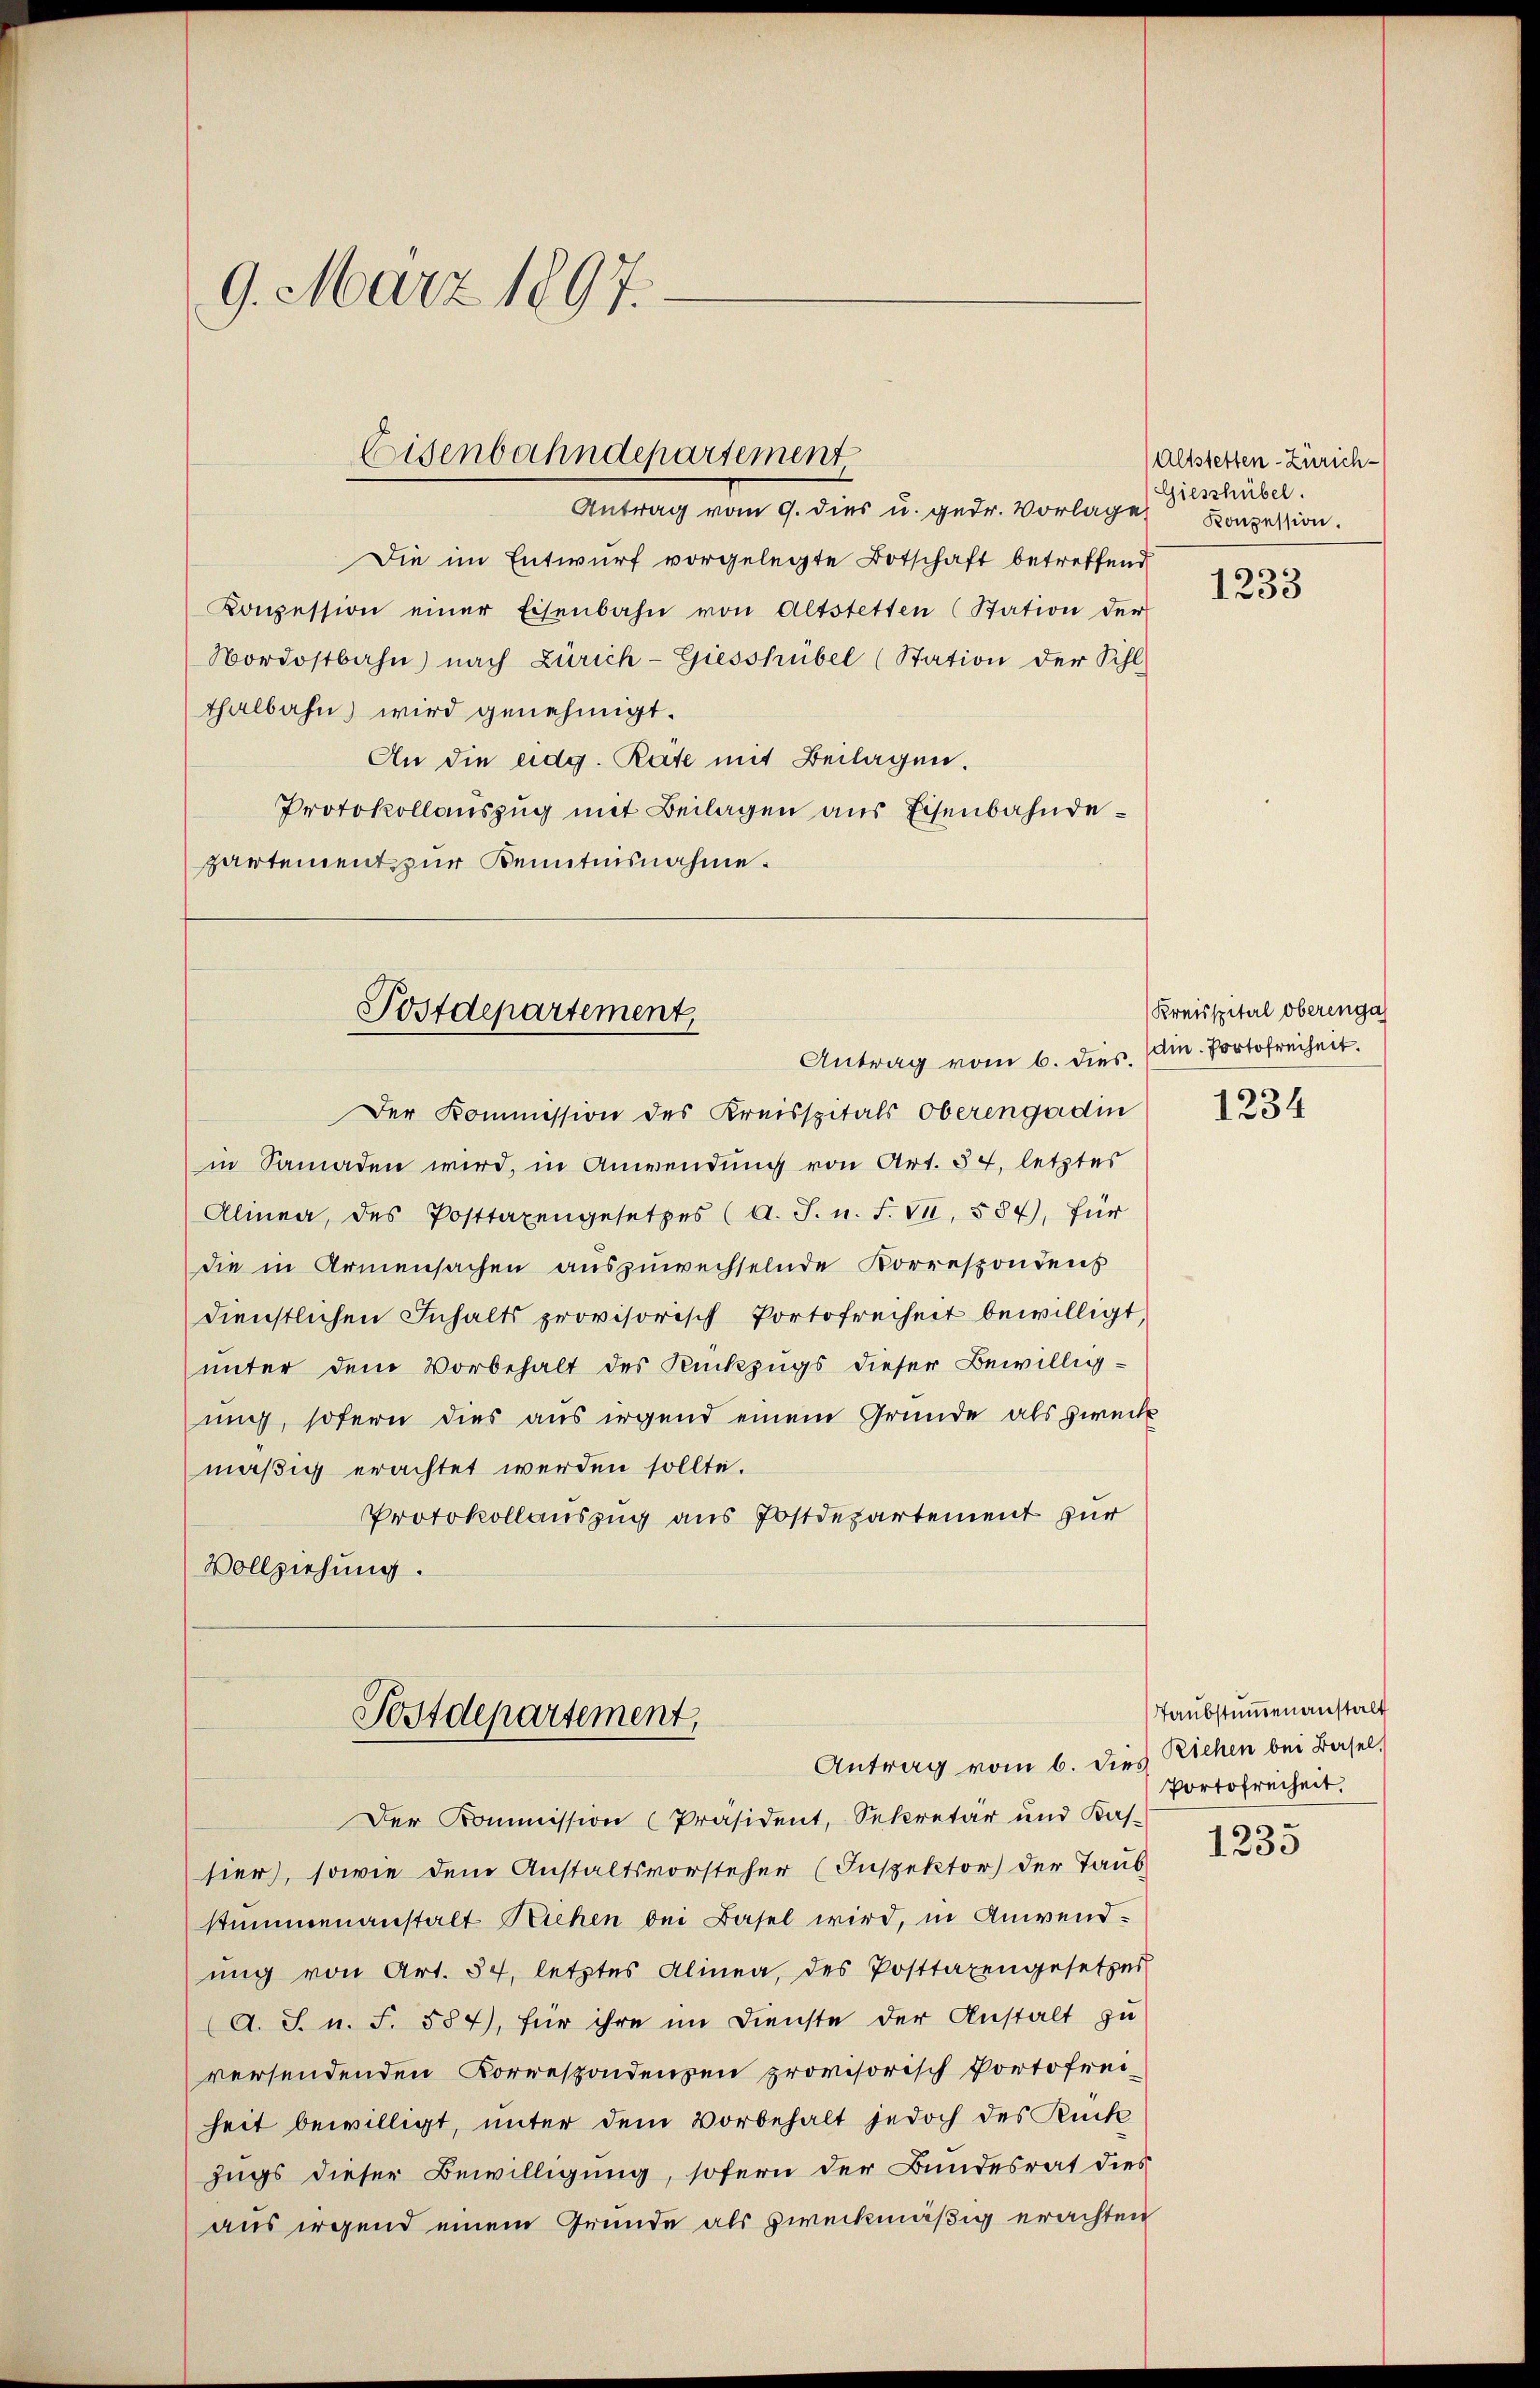
Antrag vom 9. dies u. gedr. Vorlage Geschübel.
Die im Entwurf vorgelegte Botschaft betreffend
Konzession einer Eisenbahn von Altstetten (Station der
Nordostbahn nach Zürich-Giesshübel (Station der Sihl
thalbahn wird genehmigt.
An die eidg. Rate mit Beilagen.
Protokollauszug mit Beilagen aus Eisenbahndepartement zur Kenntnisnahme.

9. März 1897.

Eisenbahndepartement

Der Kommission des Kreisspitals Oberengadin
in Samaden wird, in Anwendung von Art. 57, letztes
Almen, des Posttaxengesetzes (A. J. n. F. VII, 584, für
die in Armensachen auszuwechselnde Korrespondens
dienstlichen Inhalts provisorisch Portofreiheit bewilligt
unter dem Vorbehalt des Rückzugs dieser Bewilligmich, sofern dies aus irgend einem Grunde als zweck
mäßig erachtet werden sollte.
Protokollauszug aus Postdepartement zur
Vollziehung.

Postdepartement,
Antrag vom 6. dies. (Am. Portofreiheit.

Postdepartement,

Antrag vom 6. dies Richen bei Basel,
Der Kommission (Präsident, Sekretär und Kas-
sier), sowie dem Anstaltsvorsteher (Inspektor der Taub
stummenanstalt Richen bei Basel wird, in Anwendung von Art. 54, letztes Alinea, des Posttaxengesetzes
(A. S. n. F. 587), für ihre im Dienste der Anstalt zu
versendenden Korrespondenzen provisorisch Portofrei-
heit bewilligt, unter dem Vorbehalt jedoch des Rück
Zugs dieser Bewilligung, sofern der Bundesrat dies
aus irgend einem Grunde als zweckmäßig erachten

Altstetten-Zürich¬
Konzession.

.
1253

Kreisspital oberenga

1234

Taubstummenanstalt
Portofreiheit.

1235